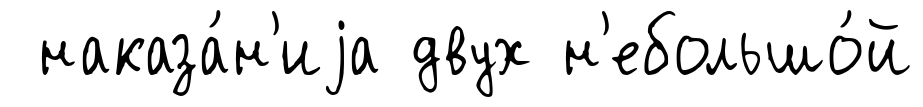
наказа́н'иjа двух н'ебольшо́й